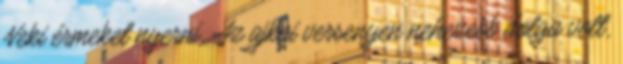
Neki érmeket nyerni. Az ajkai versenyen nehezebb dolga volt,